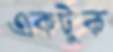
একটুক